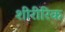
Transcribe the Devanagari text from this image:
शीरीरिक